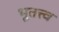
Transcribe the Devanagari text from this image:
भूतत्त्व